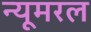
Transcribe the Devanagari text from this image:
न्यूमरल